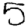
Digit: 5